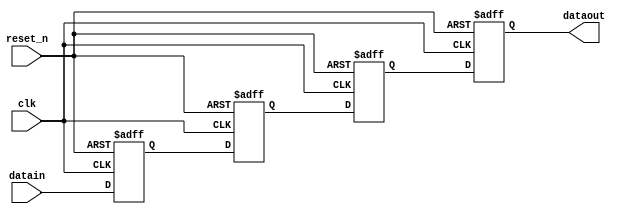
module shift_reg(clk,reset_n,datain,dataout);
input clk;
input reset_n;
input[1:0]datain;
output [1:0]dataout;
reg [1:0] reg_data [3:0];
always @(posedge clk or negedge reset_n) 
begin
    if(!reset_n)
    begin
        reg_data[3] <= 2'b00;
        reg_data[2] <= 2'b00;
        reg_data[1] <= 2'b00;
        reg_data[0] <= 2'b00;
    end
    else
    begin
        reg_data[3] <= datain;
        reg_data[2] <= reg_data[3];
        reg_data[1] <= reg_data[2];
        reg_data[0] <= reg_data[1];
    end
   
end
assign dataout = reg_data[0];
endmodule